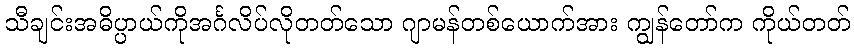
သီချင်းအဓိပ္ပာယ်ကိုအင်္ဂလိပ်လိုတတ်သော ဂျာမန်တစ်ယောက်အား ကျွန်တော်က ကိုယ်တတ်